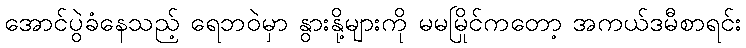
အောင်ပွဲခံနေသည့် ရေဘဝဲမှာ နွားနို့များကို မမမြိုင်ကတော့ အကယ်ဒမီစာရင်း